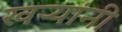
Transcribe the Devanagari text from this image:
खऱ्यांनी